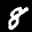
Label: 8